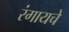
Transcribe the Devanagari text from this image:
रंगायचे